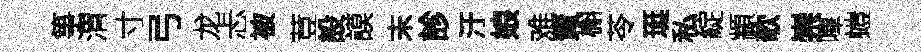
箏渭寸弓龙忐被荳設謨末診汙娘难蕡槲苓珽私綻顓欹崇嗶螘